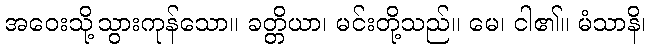
အဝေးသို့သွားကုန်သော။ ခတ္တိယာ၊ မင်းတို့သည်။ မေ၊ ငါ၏။ မံသာနိ၊